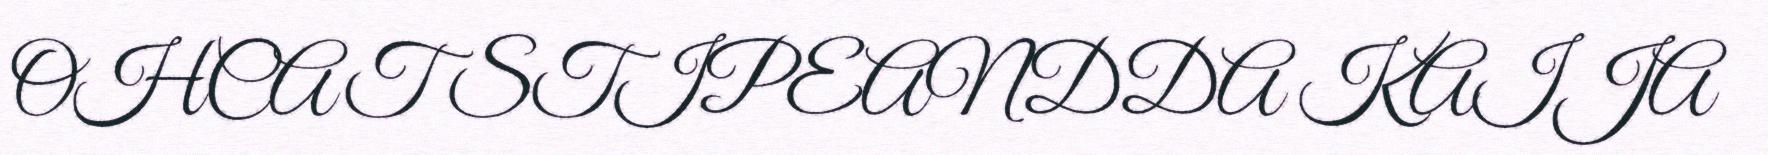
OHCAT STIPEANDDA KAIJA